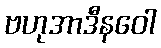
ဗဟုအာဒီနဝေါ